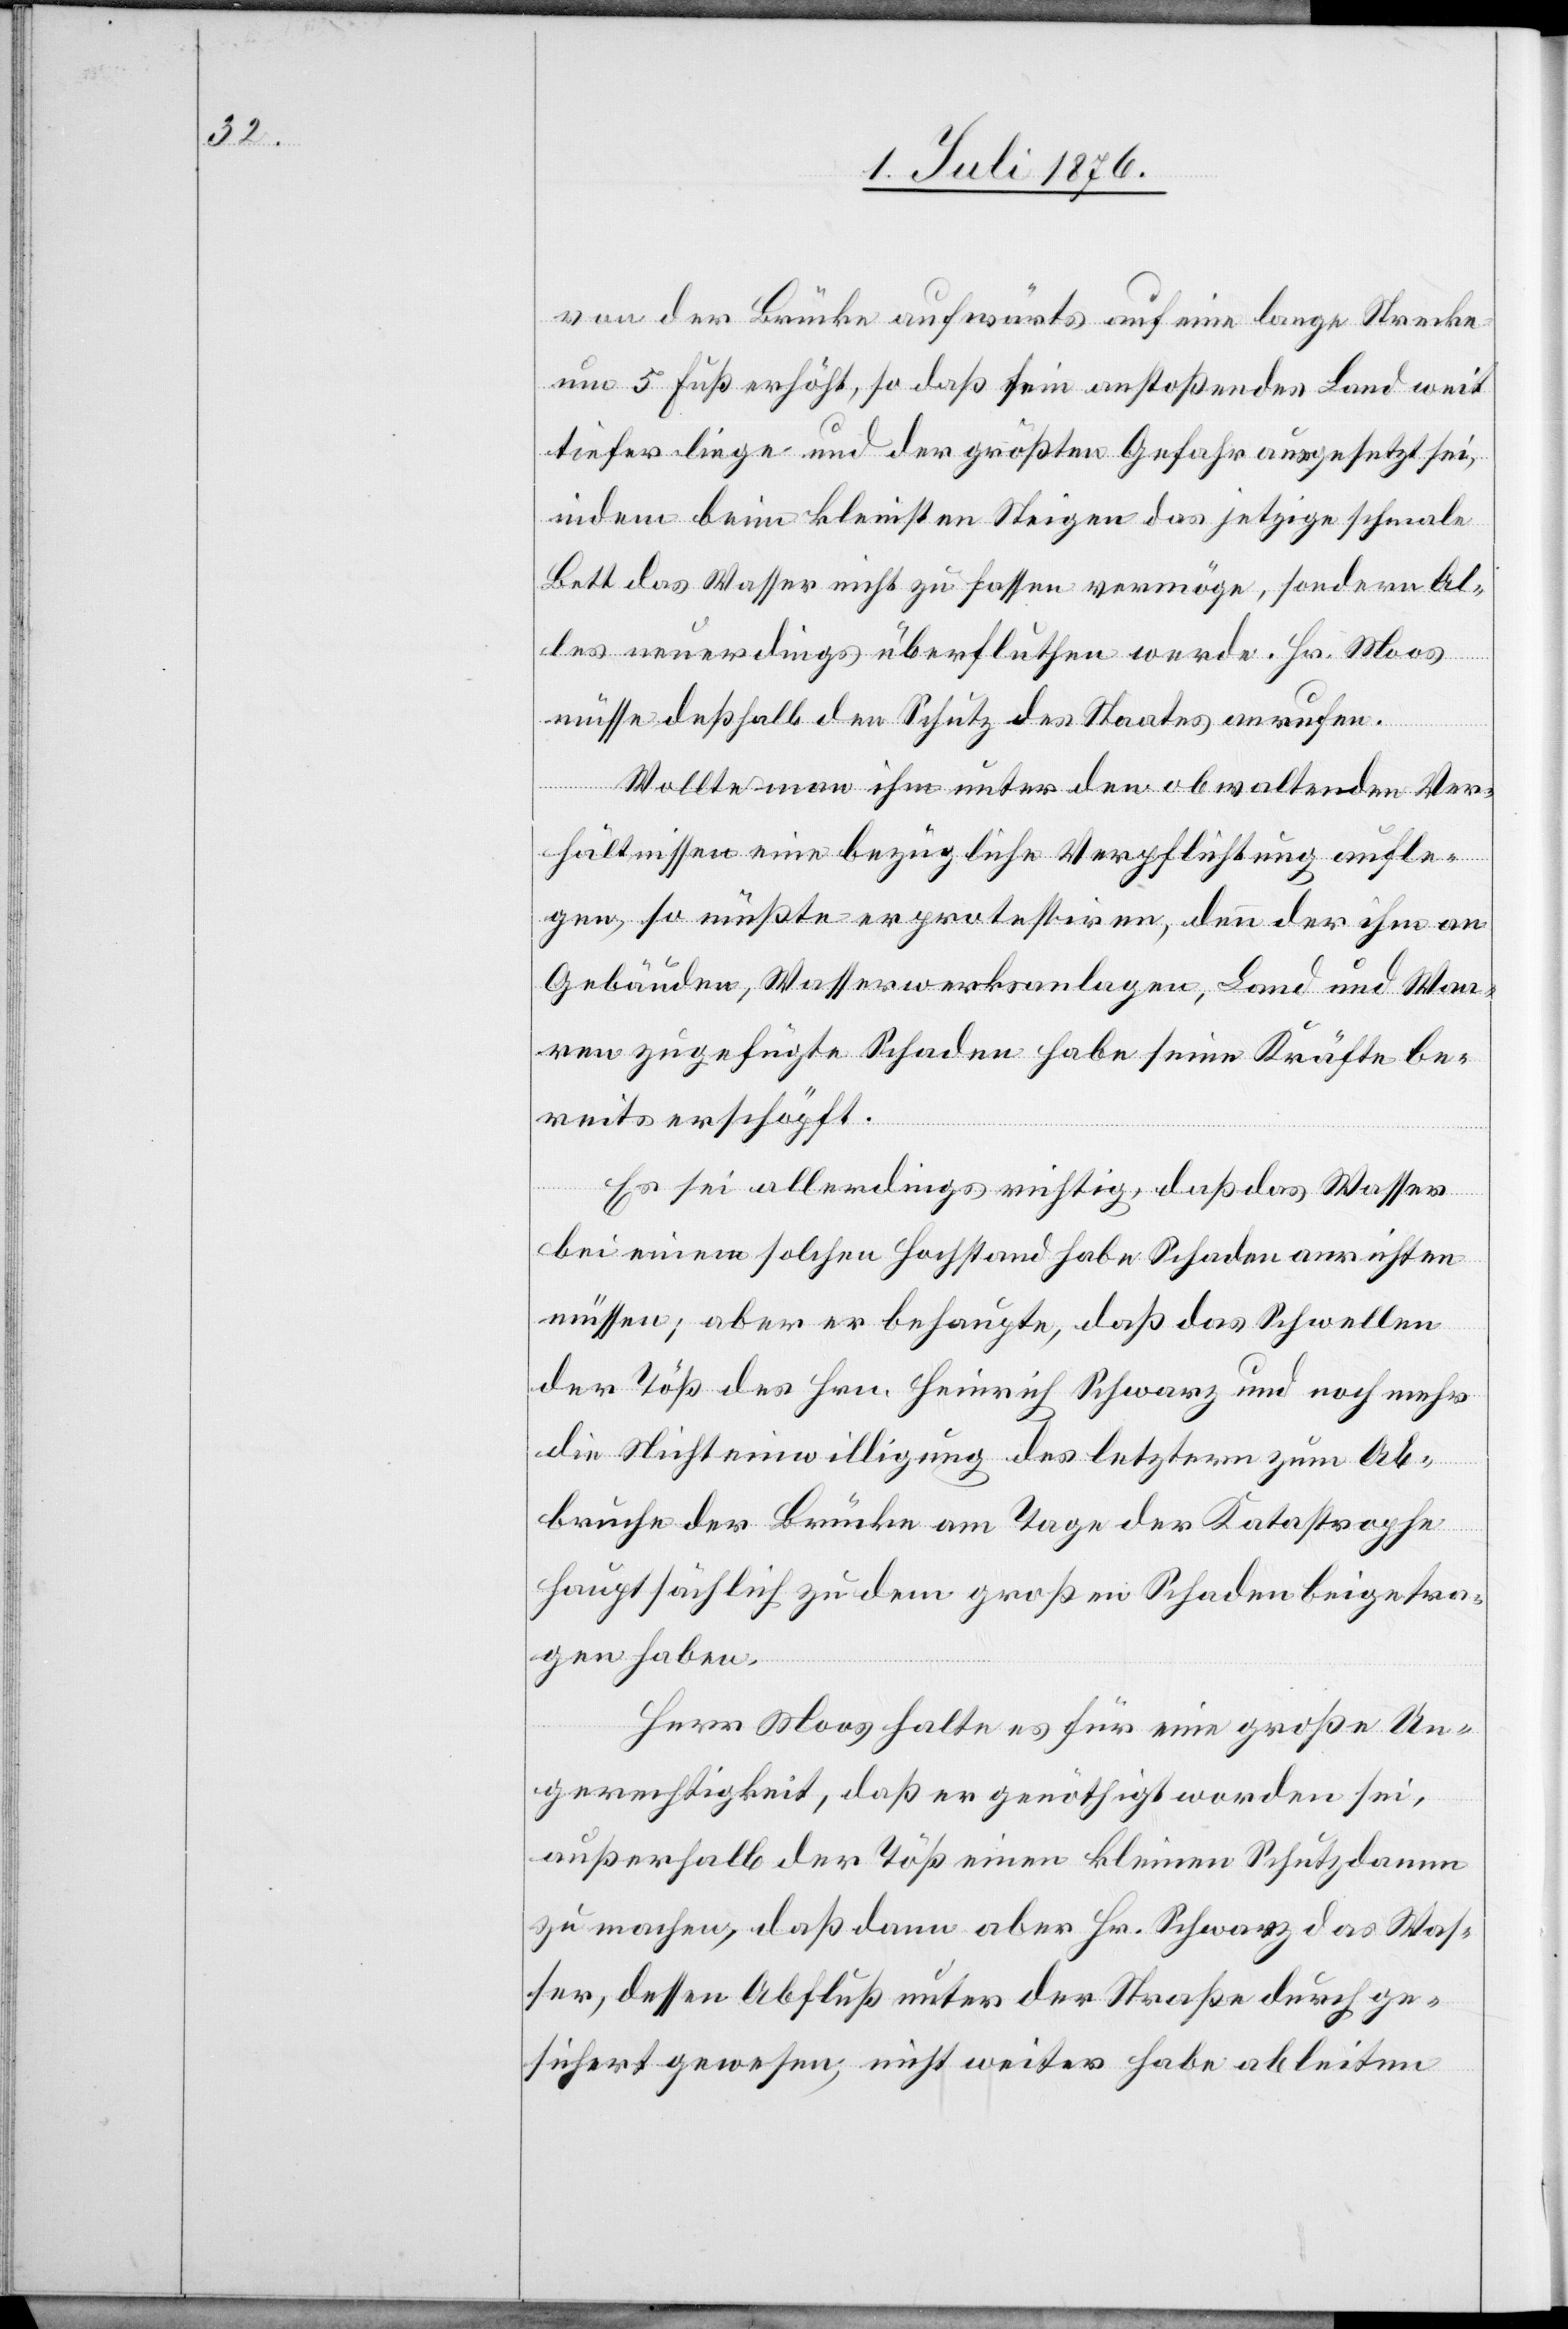
von der Brücke aufwärts auf eine lange Strecke
um 5 Fuß erhöht, so daß sein anstoßendes Land weit
tiefer liege und der größten Gefahr ausgesetzt sei,
indem beim kleinsten Steigen das jetzige schmale
Bett das Wasser nicht zu fassen vermöge, sondern Al¬
les neuerdings überfluten werde. Hr. Moos
müsse deshalb den Schutz des Staates anrufen.
Wollte man ihm unter den obwaltenden Ver¬
hältnissen eine bezügliche Verpflichtung aufle¬
gen, so müßte er protestiren, denn der ihm an
Gebäuden, Wasserwerksanlagen, Land und Waa¬
ren zugefügte Schaden habe seine Kräfte be¬
reits erschöpft.
Es sei allerdings richtig, daß das Wasser
bei einem solchen Hochstand habe Schaden anrichten
müssen; aber er behaupte, daß das Schwellen
der Töß des Hrn. Heinrich Schwarz und noch mehr
die Nichteinwilligung des letztern zum Ab¬
bruche der Brücke am Tage der Katastrophe
hauptsächlich zu dem großen Schaden beigetra¬
gen haben.
Herr Moos halte es für eine große Un¬
gerechtigkeit, das er genöthigt worden sei,
außerhalb der Töß einen kleinen Schutzdamm
zu machen, daß dann aber Hr. Schwarz das Was¬
ser, dessen Abfluß unter der Straße durchge¬
sichert [sic!] gewesen, nicht weiter habe ableiten